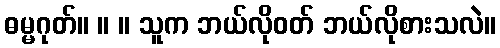
ဓမ္မဂုတ်။ ။ ။ သူက ဘယ်လိုဝတ် ဘယ်လိုစားသလဲ။